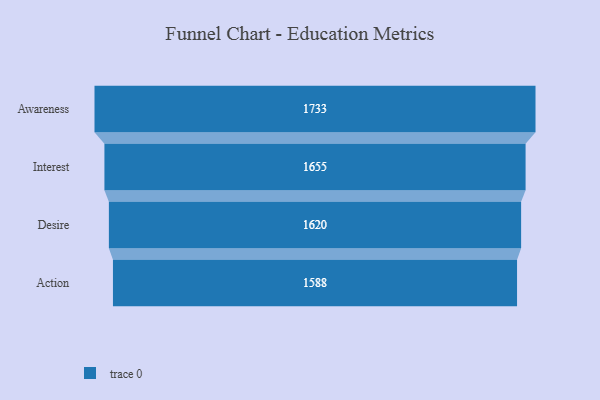
{"axis": {"x": "Stage", "y": "Value"}, "legend": [""], "data": [{"x": "Awareness", "y": 1733.0, "type": ""}, {"x": "Interest", "y": 1655.0, "type": ""}, {"x": "Desire", "y": 1620.0, "type": ""}, {"x": "Action", "y": 1588.0, "type": ""}]}